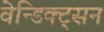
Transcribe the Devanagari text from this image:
वेन्डिक्ट्सन